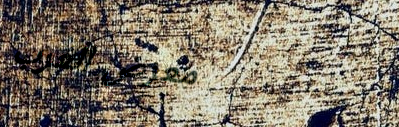
معرض الغرب